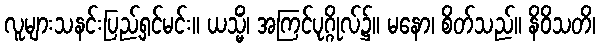
လူများသနင်းပြည့်ရှင်မင်း။ ယသ္မိံ၊ အကြင်ပုဂ္ဂိုလ်၌။ မနော၊ စိတ်သည်။ နိဝိသတိ၊